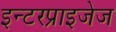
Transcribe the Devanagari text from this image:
इन्टरप्राइजेज